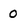
Character: 0